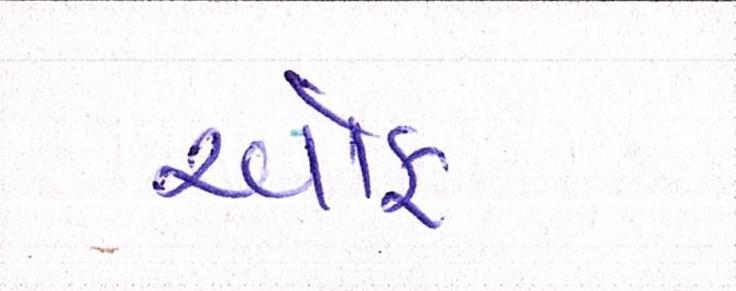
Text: ઑફ